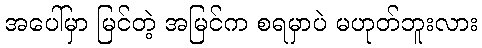
အပေါ်မှာ မြင်တဲ့ အမြင်က စရမှာပဲ မဟုတ်ဘူးလား